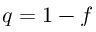
q = 1 - f